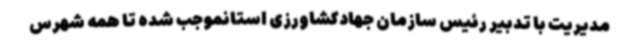
مدیریت با تدبیر رئیس سازمان جهادکشاورزی استانموجب شده تا همه شهرس